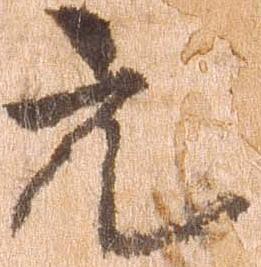
元